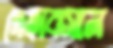
দেহাবসান